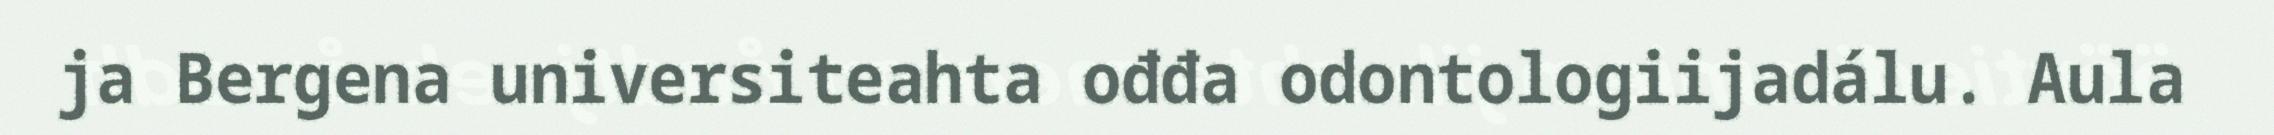
ja Bergena universiteahta ođđa odontologiijadálu. Aula